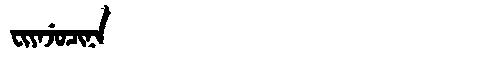
Manchu: ᠸᡳᠶᠠᠵᡠᠴᡳᠨᠠ
Romanization: FIYAJUCINA